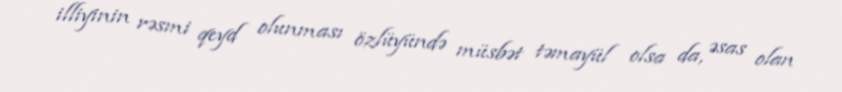
illiyinin rəsmi qeyd olunması özlüyündə müsbət təmayül olsa da, əsas olan